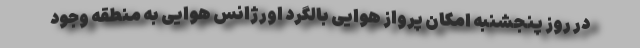
در روز پنجشنبه امکان پرواز هوایی بالگرد اورژانس هوایی به منطقه وجود